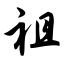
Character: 祖